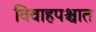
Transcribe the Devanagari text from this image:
विवाहपश्चात